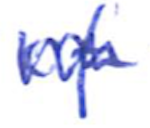
Text: of
Cross-out: mix
Writing tool: ballpoint